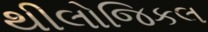
થીલોજિકલ